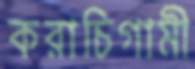
করাচিগামী